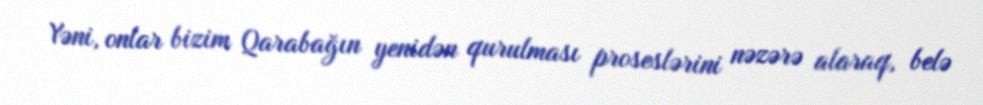
Yəni, onlar bizim Qarabağın yenidən qurulması proseslərini nəzərə alaraq, belə